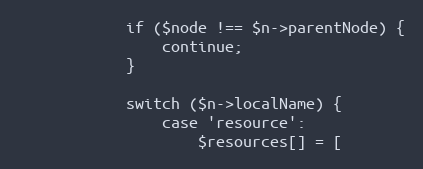
Language: PHP
            if ($node !== $n->parentNode) {
                continue;
            }

            switch ($n->localName) {
                case 'resource':
                    $resources[] = [